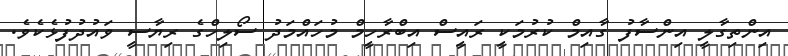
އިންތިގާލީ އިންސާފު ގާއިމް ކުރުމަކީ ރައީސް އިބްރާހީމް މުހައްމަދު ސޯލިހްގެ ރިޔާސީ ވައުދުފުޅެކެވެ.